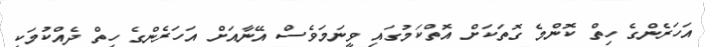
އަހަރެންގެ ހިތް ކޮންމެ ގޮތަކަށް އޮތްކަމުގައި ވީނަމަވެސް އޭނާއަށް އަހަރެންގެ ހިތް ދެއްކުމަކީ